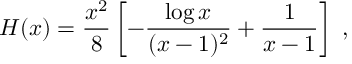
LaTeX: H ( x ) = \frac { x ^ { 2 } } { 8 } \left[ - \frac { \log x } { ( x - 1 ) ^ { 2 } } + \frac 1 { x - 1 } \right] ~ ,